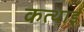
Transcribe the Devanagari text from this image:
कत्थाई